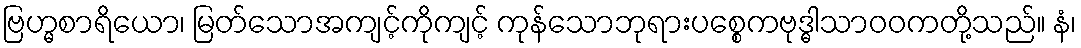
ဗြဟ္မစာရိယော၊ မြတ်သောအကျင့်ကိုကျင့် ကုန်သောဘုရားပစ္စေကဗုဒ္ဓါသာဝဝကတို့သည်။ နံ၊